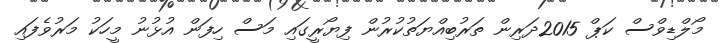
މޯލްޑިވްސް ކަޕް 2015ދަރިން ތަރުބިއްޔަތުކުރުން ފިޔޯރީގައި މަސް ހިފަން އުޅުނު މީހަކު މަރުވެފައި